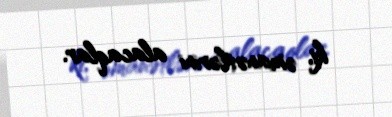
ki, əmanətlərini alacaqlar.